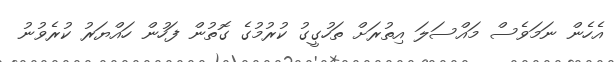
އެހެން ނަމަވެސް މައްސަލަ އިތުރަށް ތަހުގީގު ކުރުމުގެ ގޮތުން ފަހުން ހައްޔަރު ކުރެވުނު